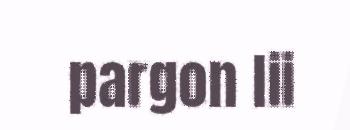
pargon lii